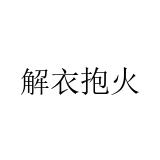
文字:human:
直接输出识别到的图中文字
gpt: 解衣抱火